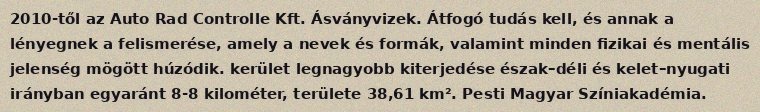
2010-től az Auto Rad Controlle Kft. Ásványvizek. Átfogó tudás kell, és annak a lényegnek a felismerése, amely a nevek és formák, valamint minden fizikai és mentális jelenség mögött húzódik. kerület legnagyobb kiterjedése észak–déli és kelet–nyugati irányban egyaránt 8-8 kilométer, területe 38,61 km². Pesti Magyar Színiakadémia.